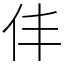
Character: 仹